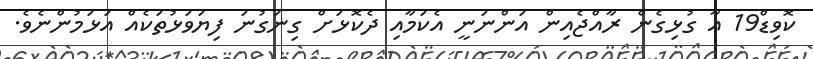
ކޮވިޑް19 އާ ގުޅިގެން ރާއްޖެއިން އަންނަނީ އެކަމާއި ދެކޮޅަށް ގިނަގުނަ ފިޔަވަޅުތަކެއް އަޅަމުންނެވެ.